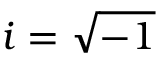
i = \sqrt { - 1 }